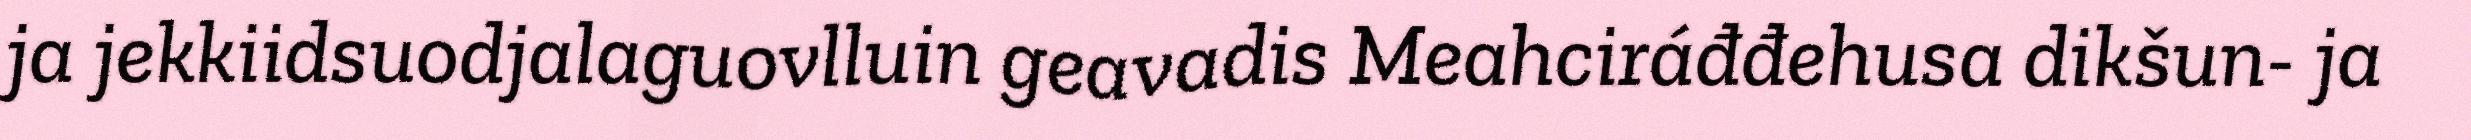
ja jekkiidsuodjalaguovlluin geavadis Meahciráđđehusa dikšun- ja